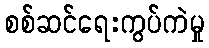
စစ်ဆင်ရေးကွပ်ကဲမှု